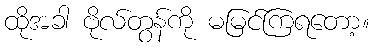
ထိုအခါ ဗိုလ်တွန်ကို မမြင်ကြရတော့။